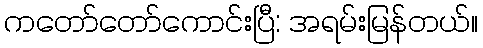
ကတော်တော်ကောင်းပြီ: အရမ်းမြန်တယ်။